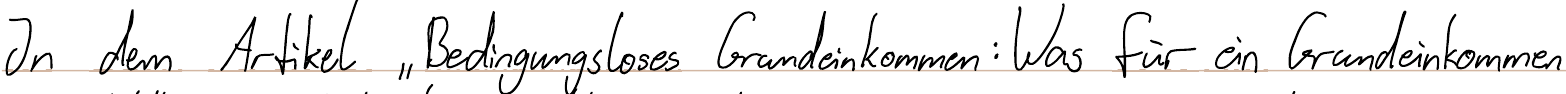
In dem Artikel "Bedingungsloses Grundeinkommen: Was für ein Grundeinkommen